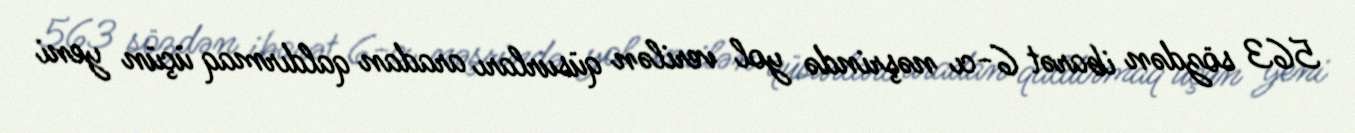
563 sözdən ibarət 6-cı nəşrində yol verilən qüsurları aradan qaldırmaq üçün yeni